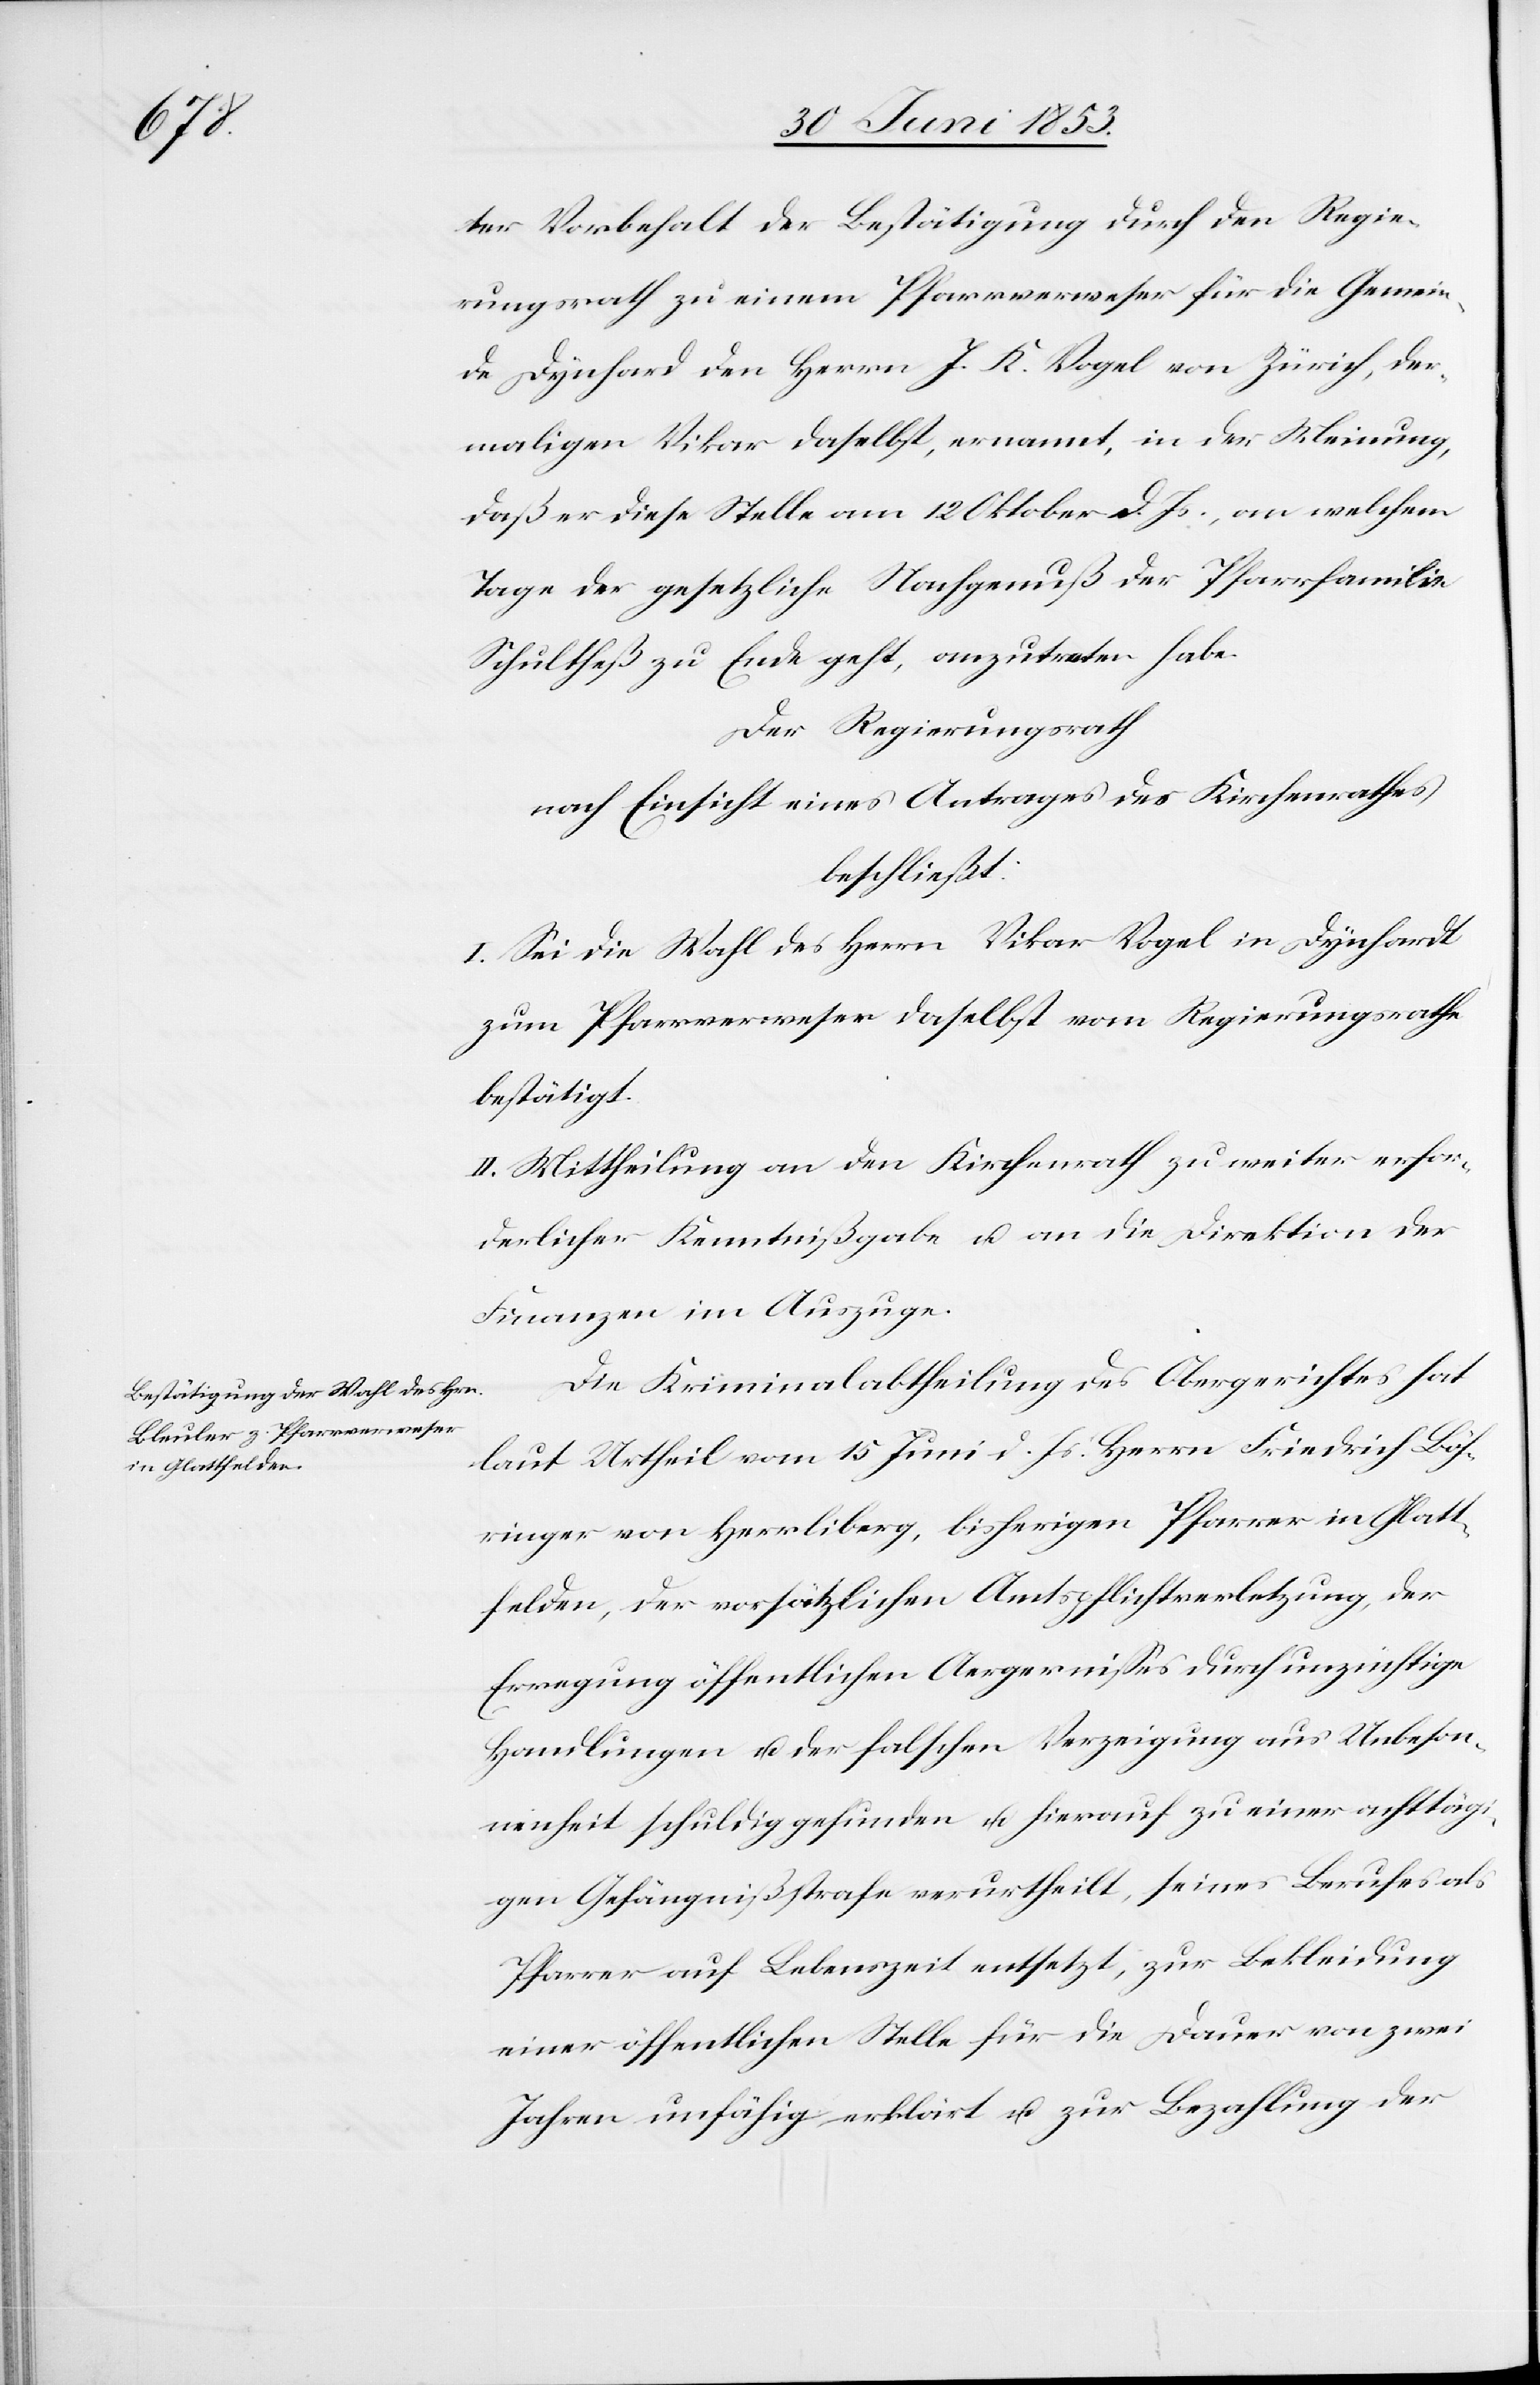
ter Vorbehalt der Bestätigung durch den Regie¬
rungsrath zu einem Pfarrverweser für die Gemein¬
de Dynhard den Herrn J. K. Vogel von Zürich, der¬
maligen Vikar daselbst, ernannt, in der Meinung,
daß er diese Stelle am 12 Oktober d. Js., an welchem
Tage der gesetzliche Nachgenuß der Pfarrfamilie
Schultheß zu Ende geht, anzutreten habe.
Der Regierungsrath,
nach Einsicht eines Antrages des Kirchenrathes,
beschließt:
I. Sei die Wahl des Herrn Vikar Vogel in Dynhardt
zum Pfarrverweser daselbst vom Regierungsrathe
bestätigt.
II. Mittheilung an den Kirchenrath zu weiter erfor¬
derlicher Kenntnißgabe u. an die Direktion der
Finanzen im Auszuge.
Die Kriminalabtheilung des Obergerichtes hat
laut Urtheil vom 15 Juni d. Js. Herrn Friedrich Böh¬
ringer von Herrliberg, bisherigen Pfarrer in Glatt¬
felden, der vorsätzlichen Amtspflichtsverletzung, der
Erregung öffentlichen Aegernißes durch unzüchtige
Handlungen u. der falschen Verzeigung aus Unbeson¬
nenheit schuldig gefunden u. hierauf zu einer achttägi¬
gen Gefängnißstrafe verurtheilt, seines Berufes als
Pfarrer auf Lebenszeit entsetzt, zur Bekleidung
einer öffentlichen Stelle für die Dauer von zwei
Jahren unfähig erklärt u. zur Bezahlung der